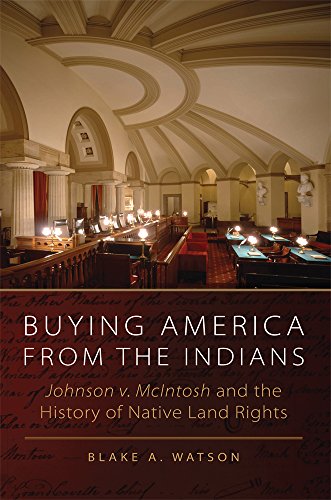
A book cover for Buying America from the Indians: Johnson v. McIntosh and the History of Native Land Rights; Blake A. Watson; Law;